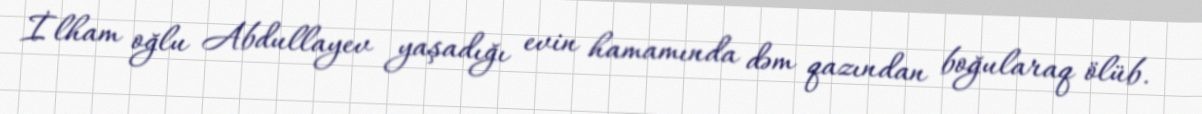
İlham oğlu Abdullayev yaşadığı evin hamamında dəm qazından boğularaq ölüb.